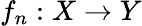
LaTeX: f_{n}:X\to Y